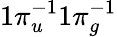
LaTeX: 1\pi_{u}^{-1}1\pi_{g}^{-1}